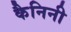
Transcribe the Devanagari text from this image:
कैनिनी